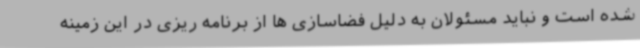
شده است و نباید مسئولان به دلیل فضاسازی ها از برنامه ریزی در این زمینه